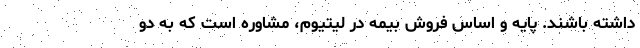
داشته باشند. پایه و اساس فروش بیمه در لیتیوم، مشاوره است که به دو